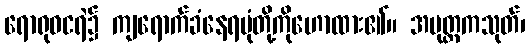
ရောရုဝငရဲ၌ ကျရောက်ခံနေရပုံတို့ကိုဟောထား၏။ အပုတ္တကသုတ်၊